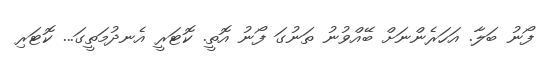
ފޯނު ބަލާ. އަހަރެންނަށް ބޭއްވުނު ތަނުގަ ފޯނު އޮތީ. ކޮޓަރީ އެނދުމަތީގަ... ކޮޓަރި